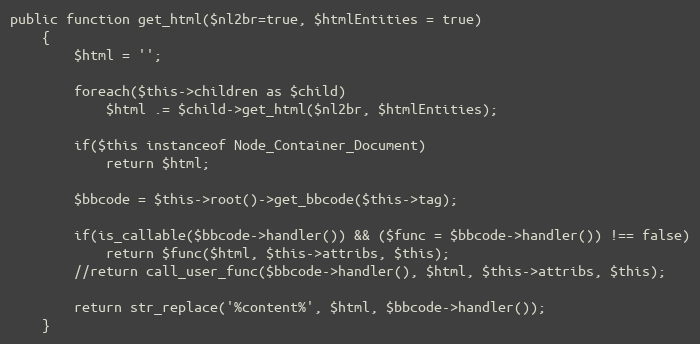
Language: PHP
public function get_html($nl2br=true, $htmlEntities = true)
	{
		$html = '';

		foreach($this->children as $child)
			$html .= $child->get_html($nl2br, $htmlEntities);

		if($this instanceof Node_Container_Document)
			return $html;

		$bbcode = $this->root()->get_bbcode($this->tag);

		if(is_callable($bbcode->handler()) && ($func = $bbcode->handler()) !== false)
			return $func($html, $this->attribs, $this);
		//return call_user_func($bbcode->handler(), $html, $this->attribs, $this);

		return str_replace('%content%', $html, $bbcode->handler());
	}